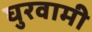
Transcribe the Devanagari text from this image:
घुरवामी